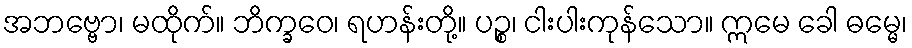
အဘဗ္ဗော၊ မထိုက်။ ဘိက္ခဝေ၊ ရဟန်းတို့။ ပဉ္စ၊ ငါးပါးကုန်သော။ ဣမေ ခေါ ဓမ္မေ၊